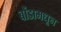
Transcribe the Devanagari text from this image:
बोंडामधून